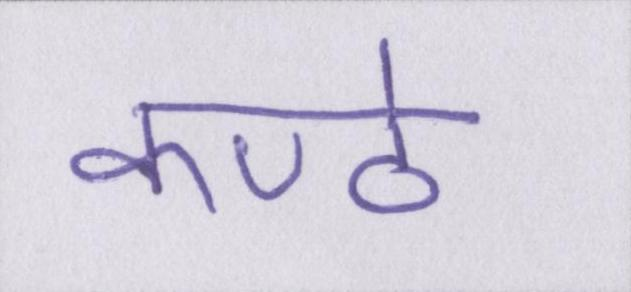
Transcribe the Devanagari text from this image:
कण्ठे